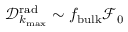
{ \mathcal D } _ { k _ { \operatorname* { m a x } } } ^ { \mathrm { r a d } } \sim f _ { \mathrm { b u l k } } { \mathcal F } _ { 0 }